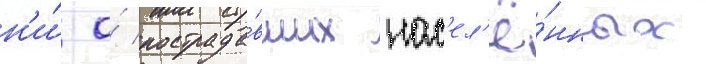
н'и́ о́ пострада́вших нас'ел'ё́нных